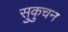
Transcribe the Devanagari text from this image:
सुकुचन